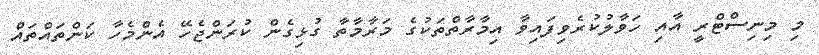
މި މިނިސްޓްރީ އާއި ހަވާލުކުރެވިފައިވާ އިމާރާތްތަކުގެ މަރާމާތާ ގުޅިގެން ކުރަންޖެހޭ އެންމެހާ ކަންތައްތައް